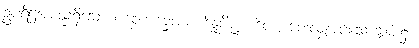
ဥပရိဋ္ဌအမည်ရှိသော ပစ္စေကဗုဒ္ဓါအား။ ဒိန္နပိဏ္ဍပါတေ၊ ပေးလှူအပ်သောဆွမ်း၌။